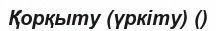
Қорқыту (үркіту) ()